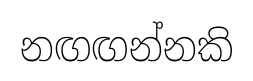
නඟඟන්නකි